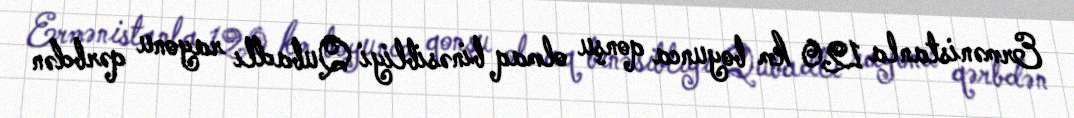
Ermənistanla 120 km boyunca qonşu olmaq binəsibliyi Qubadlı rayonu qərbdən